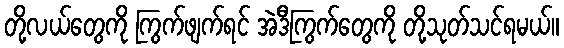
တို့လယ်တွေကို ကြွက်ဖျက်ရင် အဲဒီကြွက်တွေကို တို့သုတ်သင်ရမယ်။